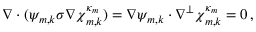
\begin{array} { r } { \nabla \cdot ( \psi _ { m , k } \sigma \nabla { \boldsymbol { \chi } } _ { m , k } ^ { \kappa _ { m } } ) = \nabla \psi _ { m , k } \cdot \nabla ^ { \perp } { \boldsymbol { \chi } } _ { m , k } ^ { \kappa _ { m } } = 0 \, , } \end{array}